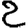
Digit: 2